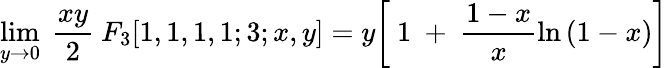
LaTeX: \operatorname*{lim}_{y{\rightarrow}0}\ \frac{xy}{2}\ F_{3}[1,1,1,1;3;x,y]=y\biggl[\ 1\ +\ \frac{1-x}{x}\ln{(1-x)}\biggr]